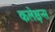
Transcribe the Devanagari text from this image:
कलेक्षन्स